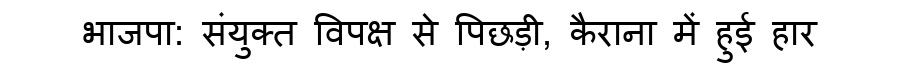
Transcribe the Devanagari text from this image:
भाजपा: संयुक्त विपक्ष से पिछड़ी, कैराना में हुई हार